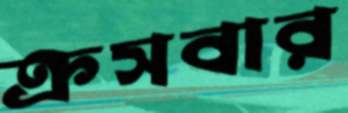
ক্রসবার